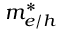
m _ { e / h } ^ { * }